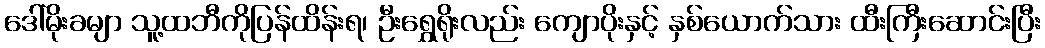
ဒေါ်မိုးခမျာ သူ့ထဘီကိုပြန်ထိန်းရ၊ ဦးရွှေရိုးလည်း ကျောပိုးနှင့် နှစ်ယောက်သား ထီးကြီးဆောင်းပြီး